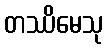
တဿိမေသု